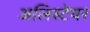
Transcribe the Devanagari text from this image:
अलिस्टेयर